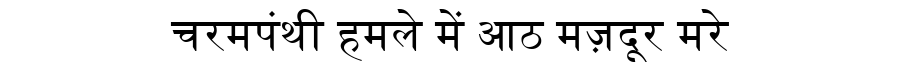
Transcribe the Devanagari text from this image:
चरमपंथी हमले में आठ मज़दूर मरे